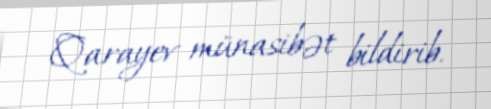
Qarayev münasibət bildirib.